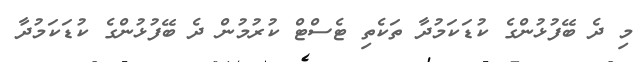
މި ދެ ބޭފުޅުންގެ ކުޑަކަމުދާ ތަކެތި ޓެސްޓް ކުރުމުން ދެ ބޭފުޅުންގެ ކުޑަކަމުދާ